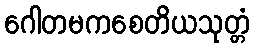
ဂေါတမကစေတိယသုတ္တံ